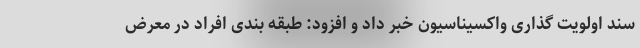
سند اولویت گذاری واکسیناسیون خبر داد و افزود: طبقه بندی افراد در معرض